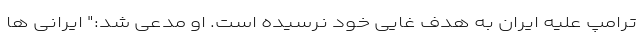
ترامپ علیه ایران به هدف غایی خود نرسیده است. او مدعی شد:" ایرانی ها